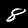
Digit: 8